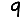
Digit: 9